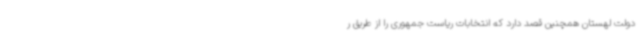
دولت لهستان همچنین قصد دارد که انتخابات ریاست جمهوری را از طریق ر